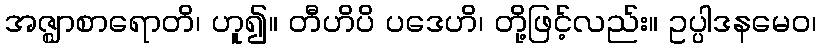
အဇ္ဈာစာရောတိ၊ ဟူ၍။ တီဟိပိ ပဒေဟိ၊ တို့ဖြင့်လည်း။ ဥပ္ပါဒနမေဝ၊